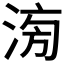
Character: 𣶢